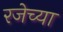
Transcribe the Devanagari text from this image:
रजेच्या